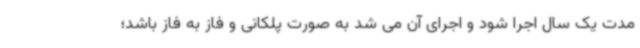
مدت یک سال اجرا شود و اجرای آن می شد به صورت پلکانی و فاز به فاز باشد؛